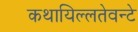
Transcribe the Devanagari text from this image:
कथायिल्‍लतेवन्‍टे